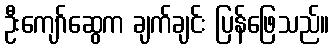
ဦးကျော်ဆွေက ချက်ချင်း ပြန်ဖြေသည်။